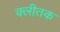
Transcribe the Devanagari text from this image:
क्लीतक